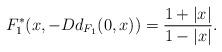
LaTeX: \begin{align*}F_1^*(x,-Dd_{F_1}({0},x))=\frac{1+|x|}{1-|x|}.\end{align*}